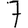
Digit: 7